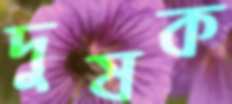
দুষক